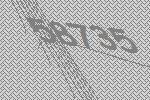
58735